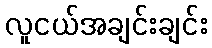
လူငယ်အချင်းချင်း